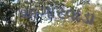
અગારવાડા